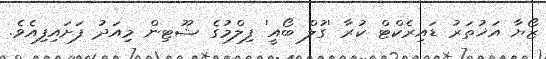
ޒޯޔާ އަޚުތަރު ޑައިރެކްޓް ކުރާ 'ގުލް ބޯއީ' ފިލްމުގެ ޝޫޓިން މިއަދު ފަށައިފިއެވެ.